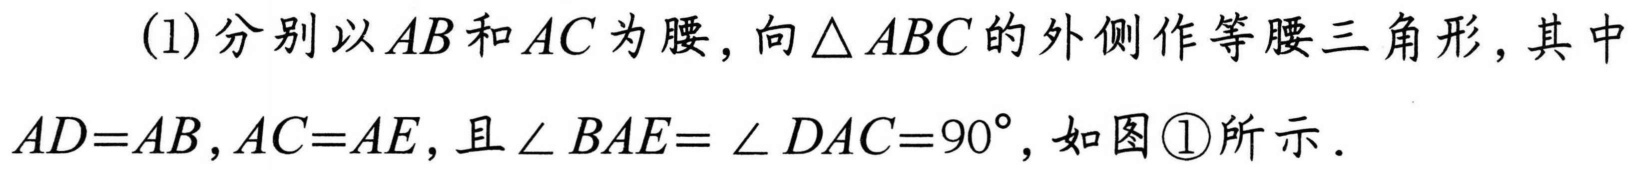
(1)分别以 \(AB\) 和 \(AC\) 为腰，向 \(\triangle ABC\) 的外侧作等腰三角形，其中 \(AD = AB,AC = AE\)，且 \(\angle BAE=\angle DAC = 90^{\circ}\)，如图\textcircled{1}所示．